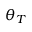
\theta _ { T }